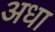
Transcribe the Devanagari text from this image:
अधा